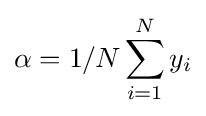
\alpha =1/N\sum _{i=1}^{N}y_{i}